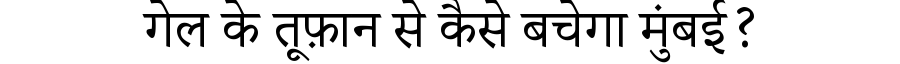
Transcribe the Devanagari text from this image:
गेल के तूफ़ान से कैसे बचेगा मुंबई?